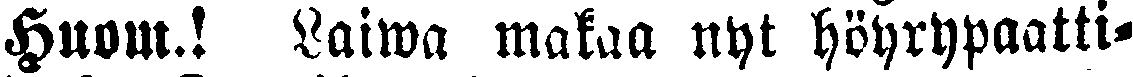
Huom.! Laiwa makaa nyt höyrypaatti-